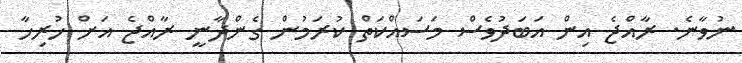
ނުވާނެ. ރާއްޖެ އިން އަބަދުވެސް މަސައްކަތް ކުރަމުން ގެންދާނީ ރާއްޖެ އަށް ހުރިހާ